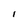
Character: l